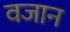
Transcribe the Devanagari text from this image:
वजान